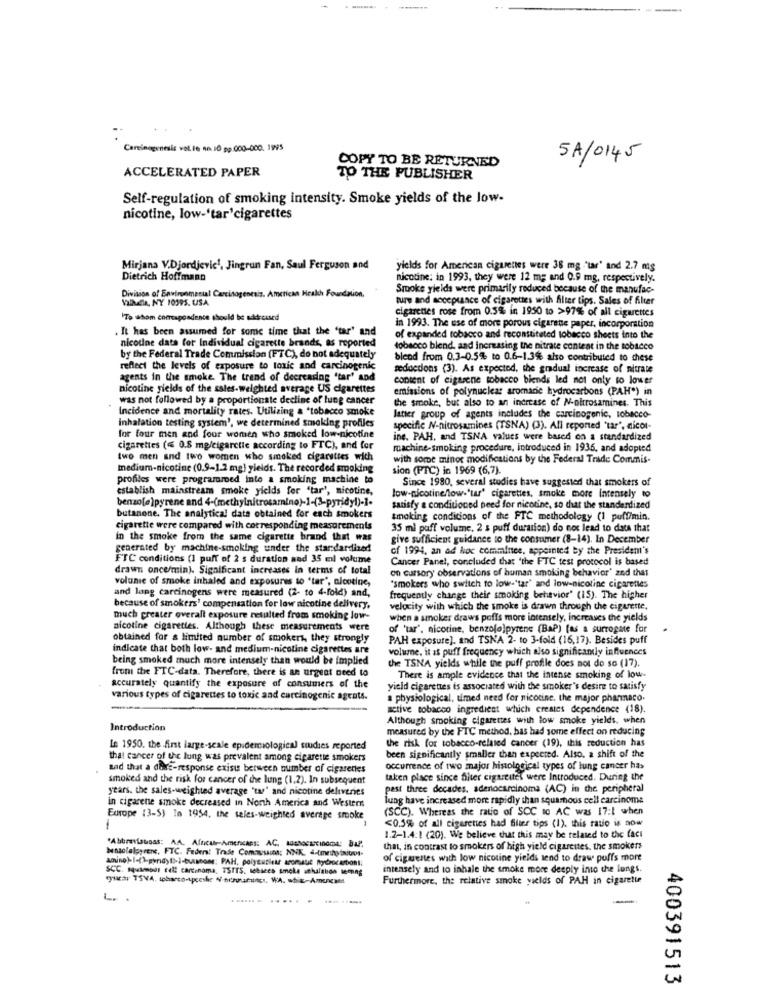
Caminagenesis velle no. 10 pp 000-000. 1995
5A/0145
COPY TO BE RETURNED
ACCELERATED PAPER
TO THE PUBLISHER
Self-regulation of smoking intensity. Smoke yields of the low-
nicotine, low-'tar'cigarettes
Mirjana V.Djordjevic', Jingrun Fan, Saul Ferguson and
yields for American cigarettes were 38 mg 'tar' and 2.7 mg
Dietrich Hoffmann
nicotine: in 1993, they were 12 m; and 0.9 mg, respectively.
Division of Environmental Carcinogenesis. American Health Foundation,
Smoke yields were primarily reduced because of the manufac-
Vallucia, NY 10395. USA
ture and acceptance of cigarettes with Alter tips. Sales of filter
cigarettes rose from 0.5% in 1950 to >97% of all cigarettes
170 whom comagcadence should be adircised
,It has been assumed for some time that the "tar' and
in 1993. The use of more porous cigarete paper, incorporation
of expanded tobacco and reconstituted tobacco sheets into the
nicotine data for Individual cigarette brands, as reported
tobacco blend, and Increasing the nitrate content in the tobacco
by the Federal Trade Commission (FTC), do not adequately
blend from 0.3-0.5% to 0.6-1.3% also contributed to chese
reflect the levels of exposure to toxic and carcinogenic
reductions (3). As expected, the gradual increase of nitrate
agents in the smoke. The trend of decreasing "tar' and
content of eigasene tobacco biends led not only to lower
nicotine yields of the sales-weighted average US cigarettes
emissions of polynuclear aromacie hydrocarbons (PAH") in
was not followed by a proportionate decline of lung cancer
the smoke, but also to an increase of N-oltrosamines. This
Incidence and mortality rates. Utilizing a "tobacco smoke
Inhalation testing system', we determined smoking profiles
latier group of agents includes the carcinogenic, tobacco-
specific N-nitrosamines (TSNA) (3). All reported 'tar", nicol-
for four men and four women who smoked low-nicotine
ine. PAH, and TSNA values were based on a standardized
cigarettes (≤ 0.8 mg/cigarctic according to FTC), and for
machine-smoking procedure, introduced in 1936, and adopted
two men and two women who smoked cigarettes wich
with some minor modifications by the Federal Trade Commis-
medium-nicotine (0.9-1.2 mg) yields. The recorded smoking
sion (FTC) in 1969 (6,7).
profiles were programmed into a smoking machine to
establish mainstream smoke yields for "tar', nicotine,
Since 1980, several studies have suggested that smokers of
benzo[e ]pyrene and 4-(methylnitrosamino)-1-(3-pyridy!)-]-
low-nicotine/low-"tar' cigarettes, smoke more intensely to
satisfy e conditioned peed for nicotine, so that the standardized
butanone. The analytical data obtained for each smokers
tmaking condicions of the FTC methodology (1 puff/min.
cigarette were compared with corresponding measurements
35 ml puff volume, 2 s puff duration) do not lead to date that
in the smoke from the same cigarette brand that was
give sufficient guidance to the consumer (8-14). In December
generated by machine-smoking under the standardized
of 1994. an ad hoc comminee, appointed by the President's
FTC conditions (1 puff of 2 s duration and 35 ml volume
Cancer Panel, concluded that 'the FTC test protocol is based
drawn once/min). Significant increases in terms of total
on cursory observations of human smoking behavior' and that
volunie of smoke inhaled and exposures to 'tar", clootine,
and lang carcinogens were measured (2- to 4-fold) and,
"smokers who switch to low-'tar' and low-nicotine cigarettes
frequently change their smoking behavior" (15). The higher
because of smokers' compensation for low nicotine delivery.
velocity with which the smoke is drawn through the cigarette.
much greater overall exposure resulted from smoking low-
when a smoker draws poffs more intensely, increases the yields
nicotine cigarettes. Although these measurements were
of 'tar', nicotine, benzolo)pyrene (BaP) [as a surrogate for
obtained for & limited number of smokers, they strongly
PAH exposure), and TSNA 2- to 3-fold (16,17). Besides puff
indicate that both low- and medium-nicotine cigarettes are
volune, it as puff frequency which also significantly influences
being smoked much more intensely than would be implied
front the FTC-data. Therefore, there is an urgent need to
the TSNA yields while the puff profile does not do so (17).
accurately quantify the exposure of consumers of the
There is ample evidence that the intense smoking of low-
-
yield cigarettes is associated with the smoker's desire to satisfy
various types of cigarettes to toxic and carcinogenic agcats.
a physiological, timed need for nicotine. the major pharmaco.
scrive tobacco ingredient which creates dependence (18).
Although smoking cigarettes with low smoke yields, when
Introduction
measured by the FTC method, has had some effect on reducing
the risk for tobacco-related cancer (19), this reduction has
Le 1950. the first large-scale epidemiologica) studies reported
that cancer of the lung was prevalent among cigarette smokers
been significantly smaller than expected. Also. a shift of the
sad that a dare-response exisu berween number of cigarettes
occurrence of two major histological types of lung cancer has
smoked and the risk for cancer of the lung (1.2). In subsequent
taken place since filter cigareitet were Introduced. During the
years. the sales-weighted average 'tas' and nicotine deliveries
pest three decades, adenocarcinoma (AC) in the peripheral
lung have increased more rapidly than squamous cell carcinoma
in cigarene smoke decreased in North America and Western
(SCC). Whereas the ratio of SCC to AC was 17:1 when
Europe (3-5) in 1954, the seles-weighted average smoke
1
<0.5% of all cigarettes had filter tips (1). this ratio is now
1.2-1.4:1 (20). We believe that this may be related to the fact
Mensolelosrent, FTC. Feden! Trade Comasin: NNK. 4-tmennyiaiups-
that, in contrast to smokers of high yield cigarettes, the smokers
of cigarettes with low nicotine yields send to draw puffs more
SCC. squamous cell carcinoma, TSTTS, sebsces smele athalabon techng
intensely and to inhale the smoke more deeply into the lungs.
Furthermore, the relative smoke yields of PAH in cigarette
400391513